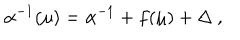
LaTeX: \alpha ^ { - 1 } ( \mu ) = \alpha ^ { - 1 } + f ( \mu ) + \Delta ~ ,